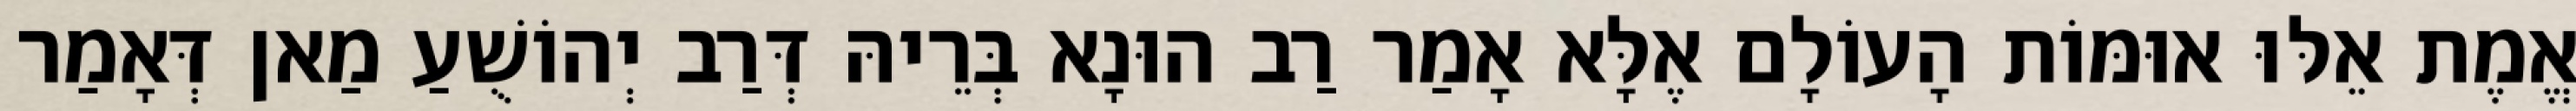
אֱמֶת אֵלּוּ אוּמּוֹת הָעוֹלָם אֶלָּא אָמַר רַב הוּנָא בְּרֵיהּ דְּרַב יְהוֹשֻׁעַ מַאן דְּאָמַר